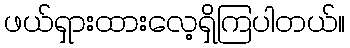
ဖယ်ရှားထားလေ့ရှိကြပါတယ်။